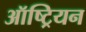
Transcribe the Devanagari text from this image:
ऑष्ट्रियन